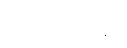
အာတာပိနော